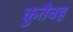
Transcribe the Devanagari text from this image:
कुतैबह